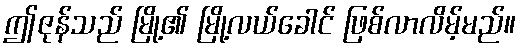
ဤဇုန်သည် မြို့၏ မြို့လယ်ခေါင် ဖြစ်လာလိမ့်မည်။